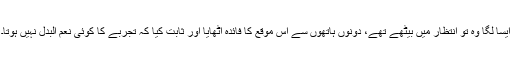
ایسا لگا وہ تو انتظار میں بیٹھے تھے، دونوں ہاتھوں سے اس موقع کا فائدہ اٹھایا اور ثابت کیا کہ تجربے کا کوئی نعم البدل نہیں ہوتا۔